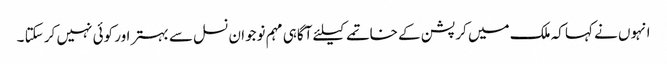
انہوں نے کہا کہ ملک میں کرپشن کے خاتمے کیلئے آگاہی مہم نوجوان نسل سے بہتر اور کوئی نہیں کر سکتا ۔